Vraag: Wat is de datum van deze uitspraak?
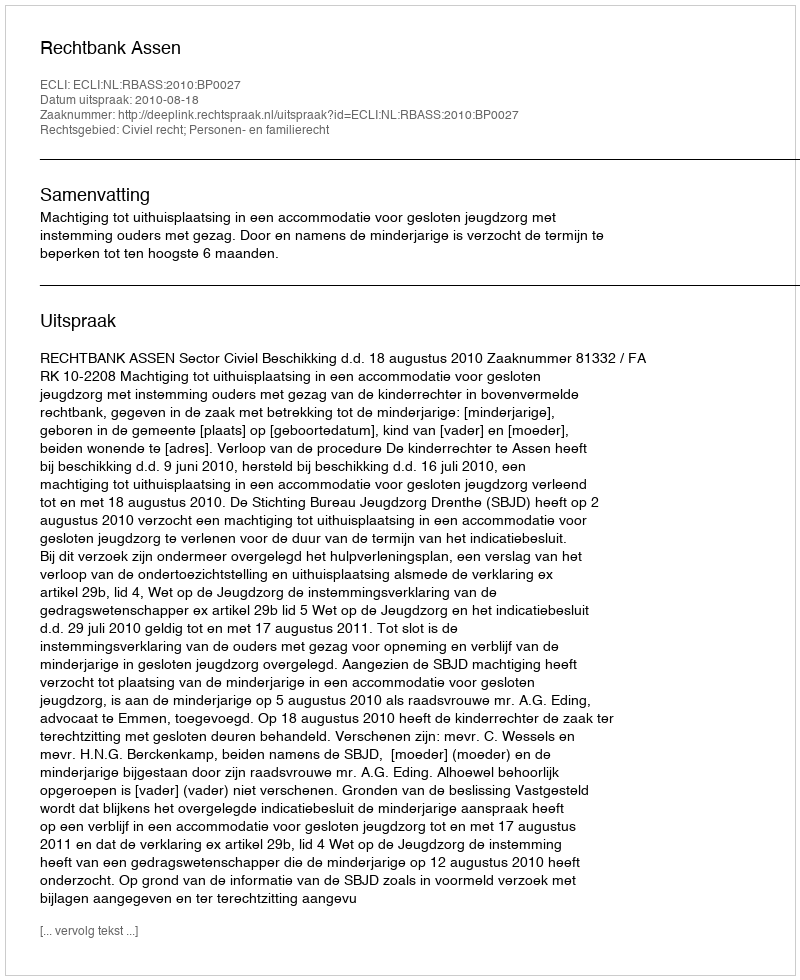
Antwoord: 2010-08-18